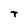
Character: T